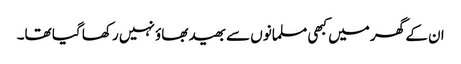
ان کے گھر میں کبھی مسلمانوں سے بھید بھاؤ نہیں رکھا گیا تھا۔